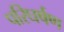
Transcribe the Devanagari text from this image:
परिघर्षण